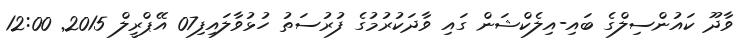
ވާދޫ ކައުންސިލްގެ ބައި-އިލެކްޝަން ގައި ވާދަކުރުމުގެ ފުރުސަތު ހުޅުވާލައިފި07 އޭޕްރީލް 2015